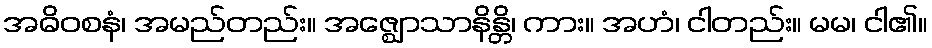
အဓိဝစနံ၊ အမည်တည်း။ အဇ္ဈောသာနိန္တိ၊ ကား။ အဟံ၊ ငါတည်း။ မမ၊ ငါ၏။